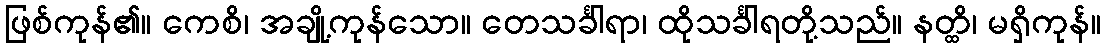
ဖြစ်ကုန်၏။ ကေစိ၊ အချို့ကုန်သော။ တေသင်္ခါရာ၊ ထိုသင်္ခါရတို့သည်။ နတ္ထိ၊ မရှိကုန်။